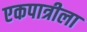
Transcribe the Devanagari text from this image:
एकपात्रीला